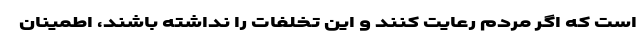
است که اگر مردم رعایت کنند و این تخلفات را نداشته باشند، اطمینان